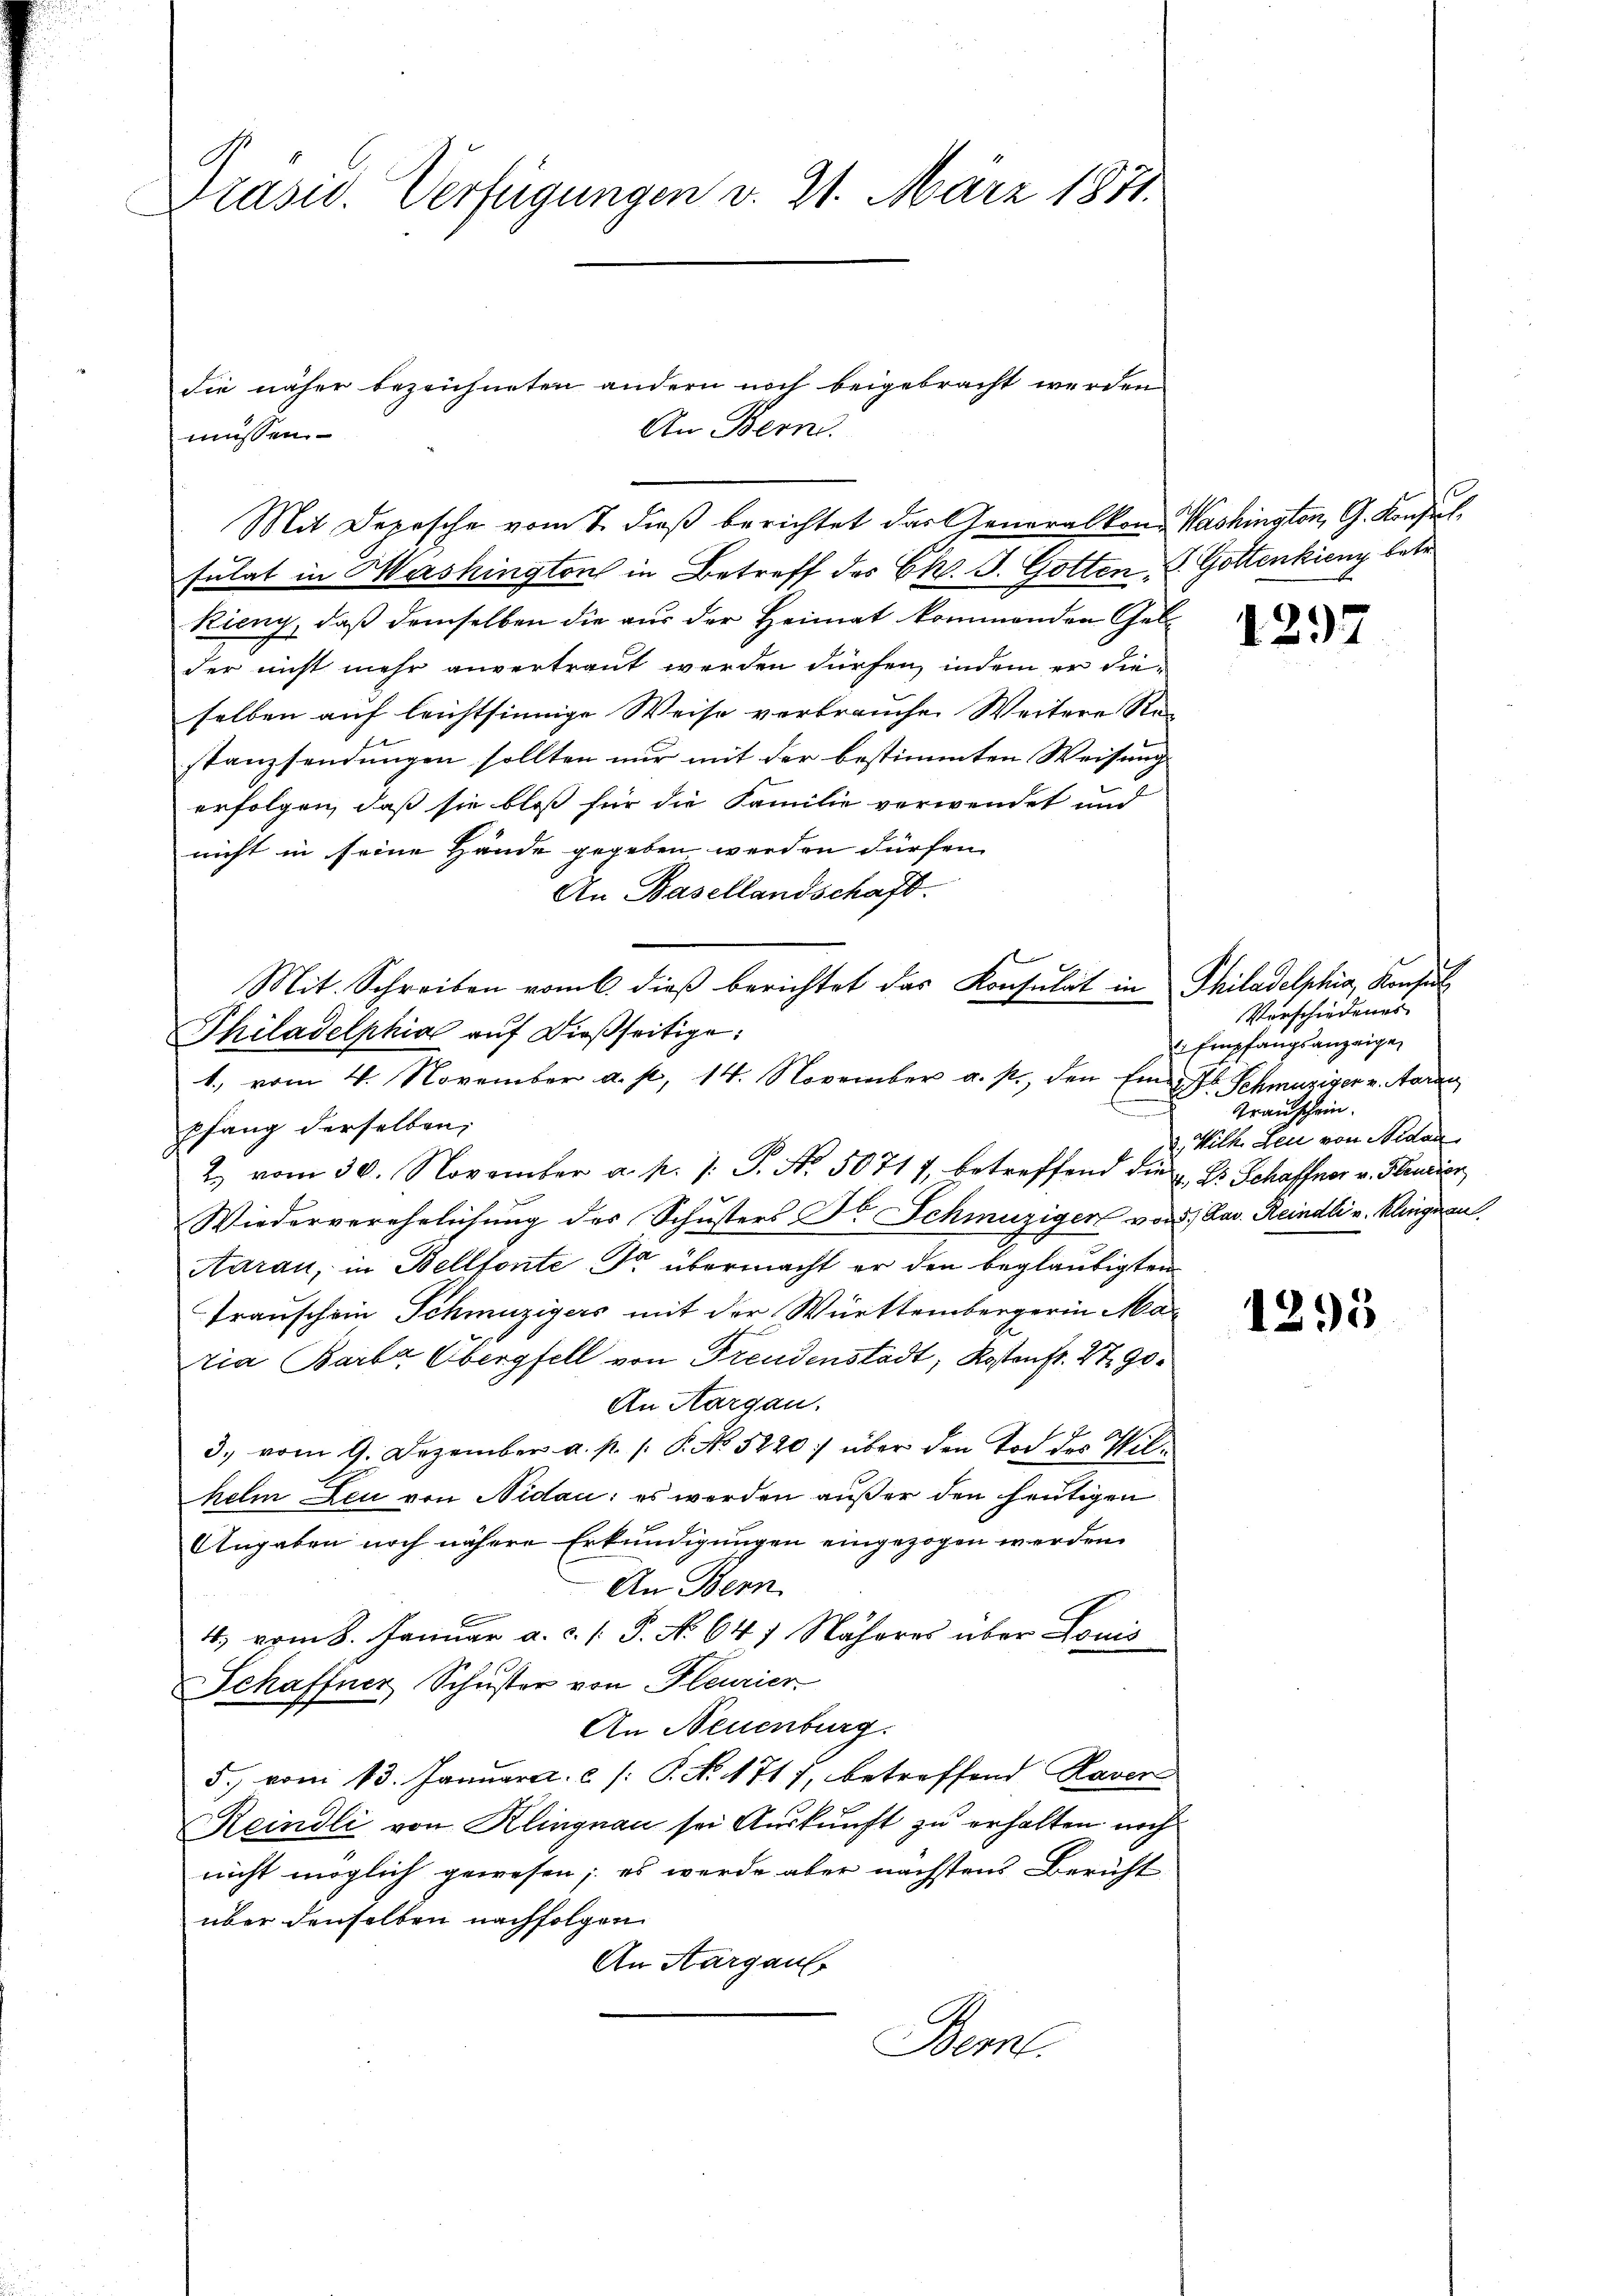
Präsid. Verfügungen v. 21. März 1871.

Rieny, daß demselben die aus der Heimat kommenden Gelder nicht mehr anvertraut werden dürfen, indem er dieselben auf leichtsinnige Weise verbrauchen Weitere Re-
stanzsendungen sollten nur mit der bestimmten Weisung
erfolgen, daß sie bloß für die Familie verwendet und
nicht in seine Hände gegeben werden dürfen.
An Basellandschaft.
Mit. Schreiben vom 6. dieβ berichtet das Konsulat in Philadelphia, Konsul
Philadelphia aŭf dießseitige:
1., vom 4. November a. p. 14. November a. p., den Einpfang derselben,
2. vom 30. November a. p. 1. P. Nr. 50717, betreffend die u. Dr. Schaffner v. Plaudier
Wiederverehelichung des Schusters Dr. Schmuziger von 1 Fav. Reindli u. klingen
Aarau, in Bellforte Sr übermacht er den beglaubigten
Trauschein Schinzigers mit der Württembergerin Maria Barb. Obergfell von Freudenstadt, Kostenfr. 2790.
An Aargau.
3. vom 9. Dezember a. p. 1. P. No 5220) über den Tod des Wilhelm Leu von Nidau: es werden außer den heutigen
Angaben noch nähere Erkundigungen eingezogen werden.
An Bern
4) vom 8. Januar a. c. s. S. No 647 Näheres über Louis
Schaffner Schuster von Heurier
An Neuenburg.
5.) vom 13. Januar a. c. /: P. Nr. 1717, betreffend Raver
Reindli von Klingnau sei Auskunft zu erhalten noch
nicht möglich gewesen; es werde aber nächstens Bericht
über denselben nachfolgen
An Aargau
Bern.

die näher bezeichneten andern noch beigebracht werden
An Bern.
müssen.
Mit Depesche vom 7. dieß berichtet das Generalkon Washington, G. Konsulsulat in Mashington in Betreff des C. J. Gotten, u. Gottenkieny betr.

1297

1295

Vorschiedenes
Empfangsanzeige,
D. Schmuriven v. Mann
Transchein.
Wilh. Leu von Nidau